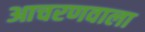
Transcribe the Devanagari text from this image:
आचरणवाला